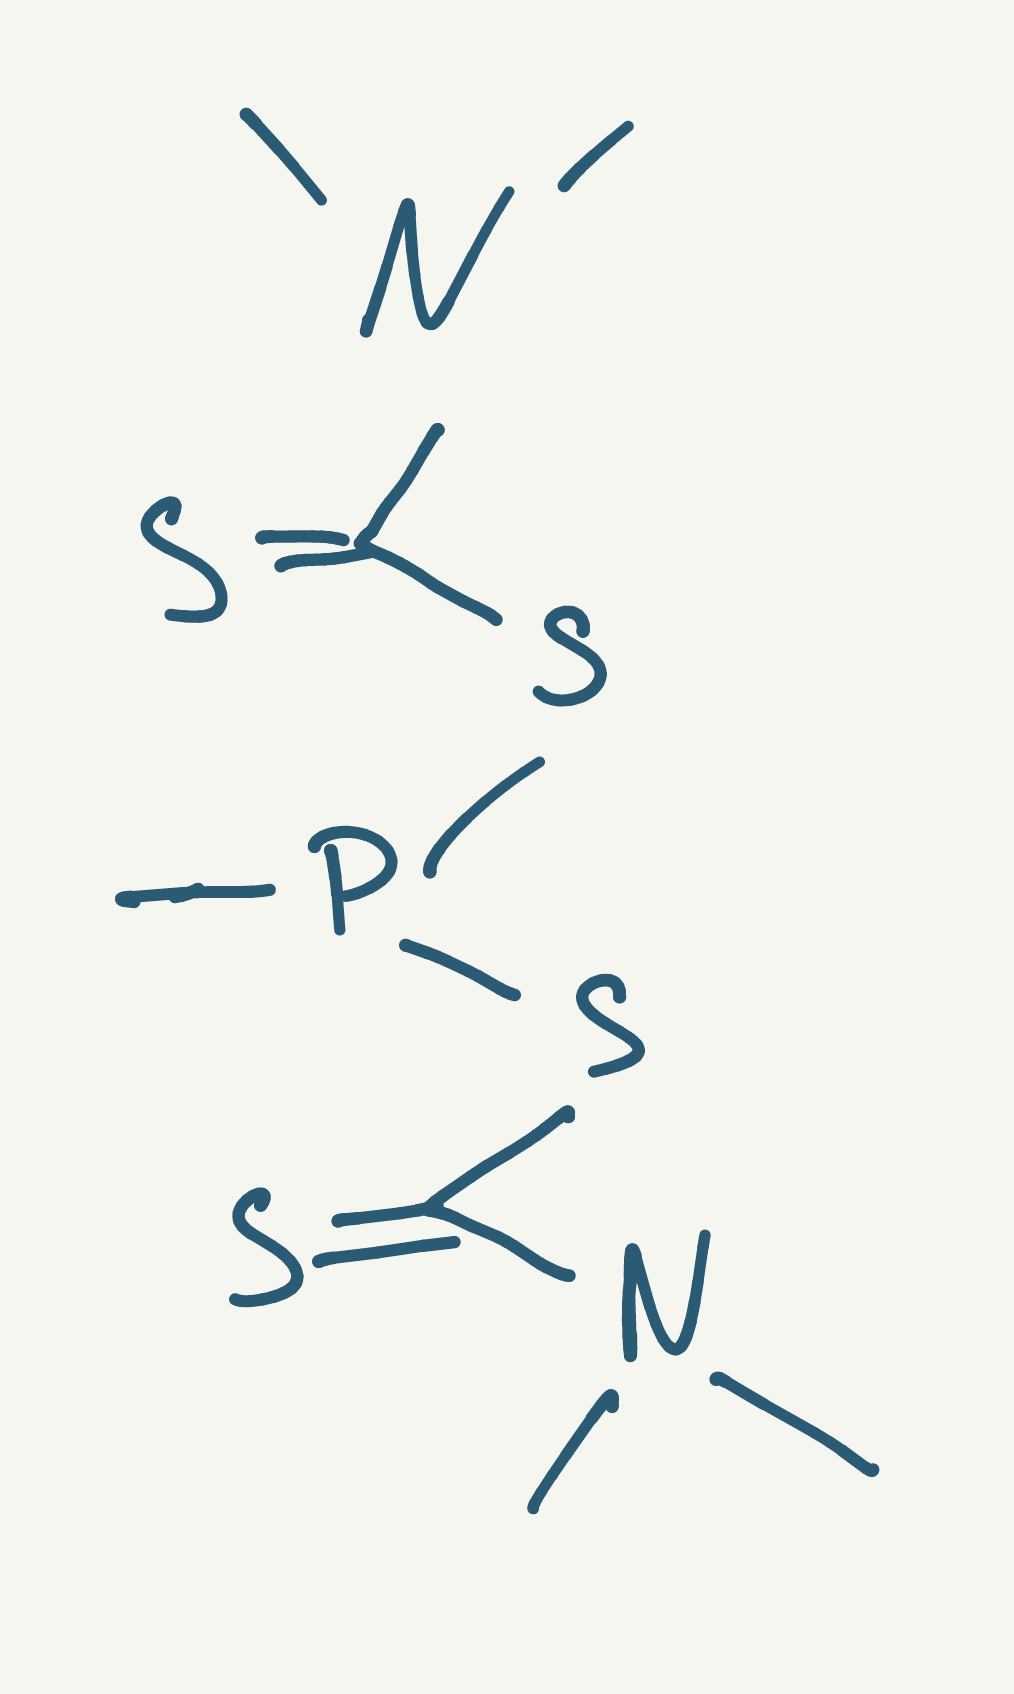
Simplified molecular-input line-entry system (SMILES) notation of the given molecule:
CN(C)C(=S)SP(C)SC(=S)N(C)C